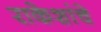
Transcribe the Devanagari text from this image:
राकेशांचे